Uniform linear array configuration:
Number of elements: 48
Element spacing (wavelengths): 0.75
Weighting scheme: hamming
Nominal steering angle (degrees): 15
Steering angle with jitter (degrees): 13.222
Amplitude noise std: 0.05
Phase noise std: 0.05

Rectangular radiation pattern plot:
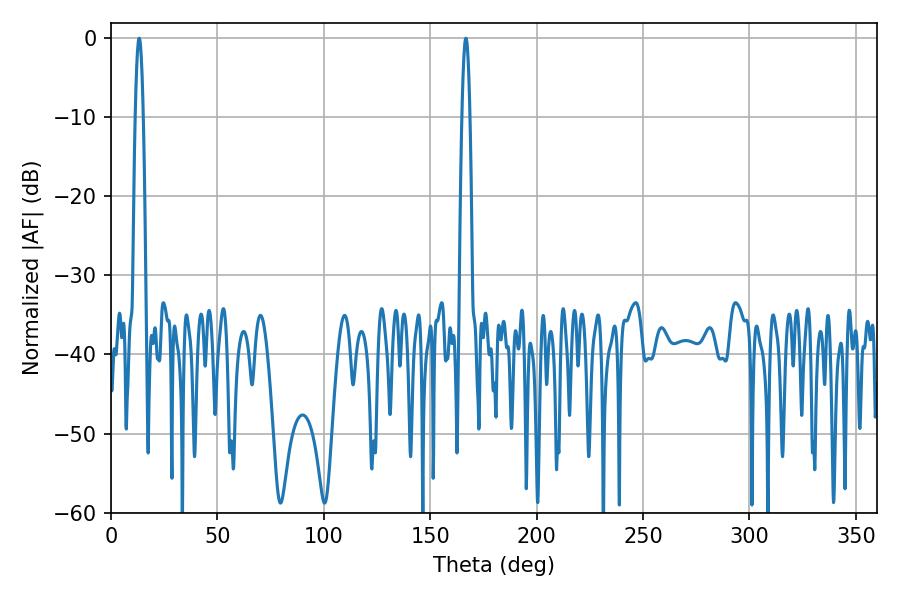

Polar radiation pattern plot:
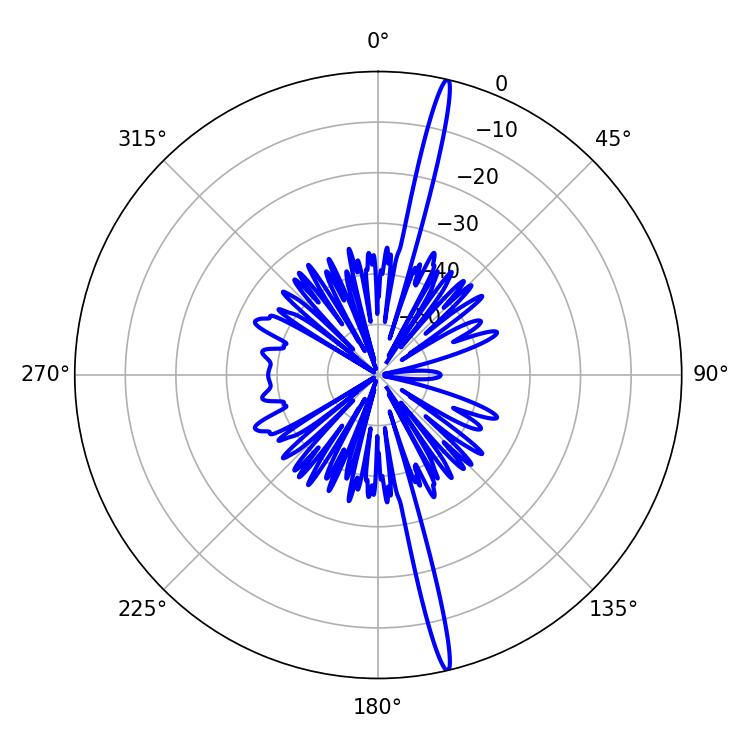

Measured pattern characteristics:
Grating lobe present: TRUE
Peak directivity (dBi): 20.425
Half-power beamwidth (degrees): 1.98
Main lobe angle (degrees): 166.68